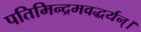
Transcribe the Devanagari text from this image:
पतिमिन्द्रमवद्धर्यन्।